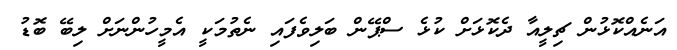
އަނެއްކޮޅުން ޗިލީއާ ދެކޮޅަށް ކުޅެ ސްޕޭން ބަލިވެފައި ނެތުމަކީ އެމީހުންނަށް ލިބޭ ބޮޑު